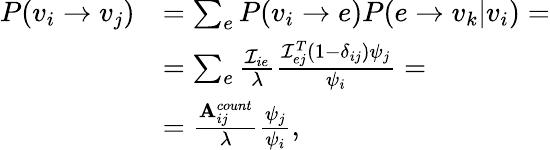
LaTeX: \begin{array}{rl}{P(v_{i}\rightarrow v_{j})}&{=\sum_{e}P(v_{i}\rightarrow e)P(e\rightarrow v_{k}|v_{i})=}\\ &{=\sum_{e}\frac{\mathcal{I}_{ie}}{\lambda}\frac{\mathcal{I}_{ej}^{T}(1-\delta_{ij})\psi_{j}}{\psi_{i}}=}\\ &{=\frac{\mathbf{A}_{ij}^{count}}{\lambda}\frac{\psi_{j}}{\psi_{i}},}\end{array}